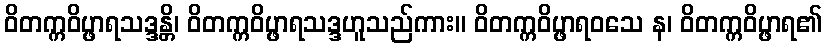
ဝိတက္ကဝိပ္ဖာရသဒ္ဒန္တိ၊ ဝိတက္ကဝိပ္ဖာရသဒ္ဒဟူသည်ကား။ ဝိတက္ကဝိပ္ဖာရဝသေ န၊ ဝိတက္ကဝိပ္ဖာရ၏